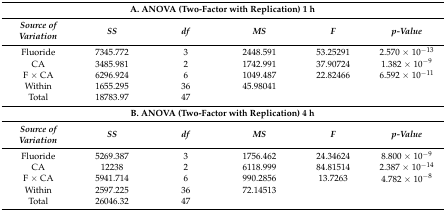
<table><thead><tr><td colspan="6"><b>A. ANOVA (Two-Factor with Replication) 1 h</b></td></tr><tr><td><b><i>Source of Variation</i></b></td><td><b><i>SS</i></b></td><td><b><i>df</i></b></td><td><b><i>MS</i></b></td><td><b><i>F</i></b></td><td><b><i>p-Value</i></b></td></tr></thead><tbody><tr><td>Fluoride</td><td>7345.772</td><td>3</td><td>2448.591</td><td>53.25291</td><td>2.570 × 10<sup>−13</sup></td></tr><tr><td>CA</td><td>3485.981</td><td>2</td><td>1742.991</td><td>37.90724</td><td>1.382 × 10<sup>−9</sup></td></tr><tr><td>F × CA</td><td>6296.924</td><td>6</td><td>1049.487</td><td>22.82466</td><td>6.592 × 10<sup>−11</sup></td></tr><tr><td>Within</td><td>1655.295</td><td>36</td><td>45.98041</td><td></td><td></td></tr><tr><td>Total</td><td>18783.97</td><td>47</td><td></td><td></td><td></td></tr><tr><td colspan="6"><b>B. ANOVA (Two-Factor with Replication) 4 h</b></td></tr><tr><td><b><i>Source of Variation</i></b></td><td><b><i>SS</i></b></td><td><b><i>df</i></b></td><td><b><i>MS</i></b></td><td><b><i>F</i></b></td><td><b><i>p-Value</i></b></td></tr><tr><td>Fluoride</td><td>5269.387</td><td>3</td><td>1756.462</td><td>24.34624</td><td>8.800 × 10<sup>−9</sup></td></tr><tr><td>CA</td><td>12238</td><td>2</td><td>6118.999</td><td>84.81514</td><td>2.387 × 10<sup>−14</sup></td></tr><tr><td>F × CA</td><td>5941.714</td><td>6</td><td>990.2856</td><td>13.7263</td><td>4.782 × 10<sup>−8</sup></td></tr><tr><td>Within</td><td>2597.225</td><td>36</td><td>72.14513</td><td></td><td></td></tr><tr><td>Total</td><td>26046.32</td><td>47</td><td></td><td></td><td></td></tr></tbody></table>